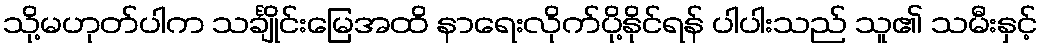
သို့မဟုတ်ပါက သင်္ချိုင်းမြေအထိ နာရေးလိုက်ပို့နိုင်ရန် ပါပါးသည် သူ၏ သမီးနှင့်